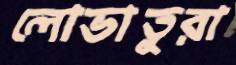
লোভাতুরা